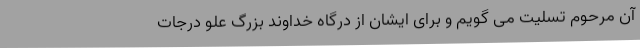
آن مرحوم تسلیت می گویم و برای ایشان از درگاه خداوند بزرگ علو درجات